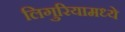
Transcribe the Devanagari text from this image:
लिगुरियामध्ये